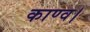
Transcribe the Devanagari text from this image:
काण्व।